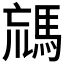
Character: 𩣐